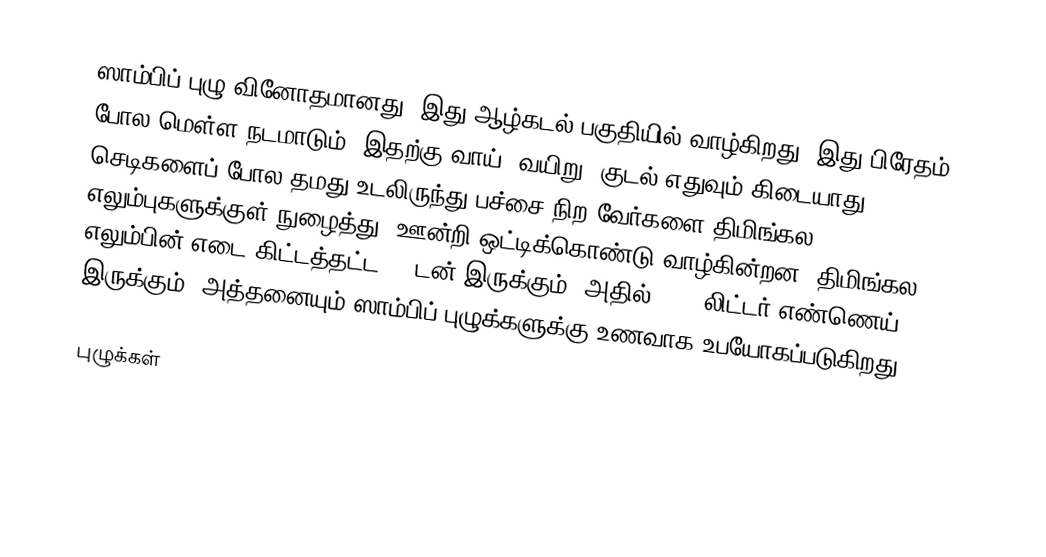
ஸாம்பிப் புழு வினோதமானது. இது ஆழ்கடல் பகுதியில் வாழ்கிறது. இது பிரேதம் போல மெள்ள நடமாடும். இதற்கு வாய், வயிறு, குடல் எதுவும் கிடையாது. செடிகளைப் போல தமது உடலிருந்து பச்சை நிற வேர்களை திமிங்கல எலும்புகளுக்குள் நுழைத்து, ஊன்றி ஒட்டிக்கொண்டு வாழ்கின்றன. திமிங்கல எலும்பின் எடை கிட்டத்தட்ட 40 டன் இருக்கும். அதில் 3000 லிட்டர் எண்ணெய் இருக்கும். அத்தனையும் ஸாம்பிப் புழுக்களுக்கு உணவாக உபயோகப்படுகிறது.

புழுக்கள்